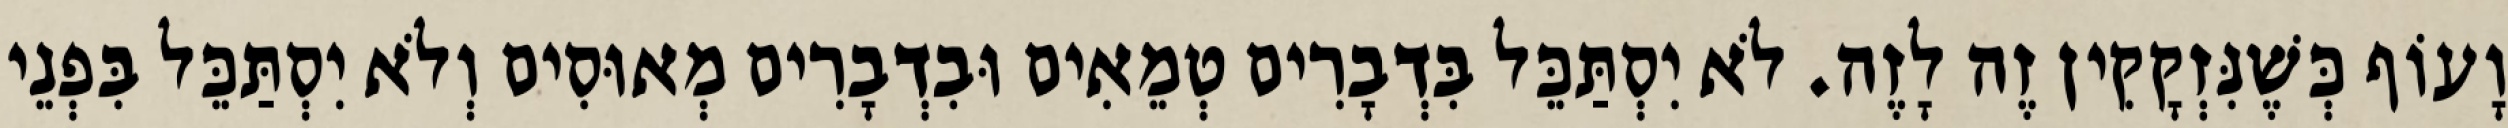
וָעוֹף כְּשֶׁנִּזְקָקִין זֶה לָזֶה. לֹא יִסְתַּכֵּל בִּדְבָרִים טְמֵאִים וּבִדְבָרִים מְאוּסִים וְלֹא יִסְתַּכֵּל בִּפְנֵי